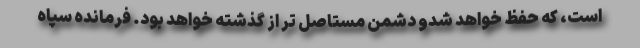
است، که حفظ خواهد شدو دشمن مستاصل تر از گذشته خواهد بود. فرمانده سپاه